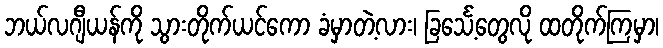
ဘယ်လဂျီယန်ကို သွားတိုက်ယင်ကော ခံမှာတဲ့လား၊ ခြင်္သေ့တွေလို ထတိုက်ကြမှာ၊